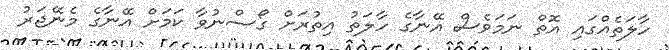
ހާލަތެއްގައި އޮތް ނަމަވެސް އޭނާގެ ހާލަތު އިތުރަށް ގޯސްނުވާ ކަމަށް އޭނާގެ މެނޭޖަރު